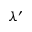
\lambda ^ { \prime }